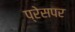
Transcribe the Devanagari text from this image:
प्रेसपर